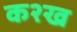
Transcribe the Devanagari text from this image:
क२ख